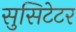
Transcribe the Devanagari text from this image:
सुसिटेटर